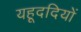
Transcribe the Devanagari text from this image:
यहूददियों